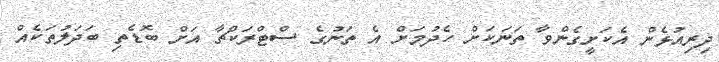
ދިރިއުޅެން އެކަށީގެންވާ ތަނަކަށް ހެދުމަށް އެ ތަނުގެ ސްޓްރަކްޗާ އަށް ބޮޑެތި ބަދަލުތަކެއް